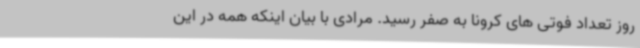
روز تعداد فوتی های کرونا به صفر رسید. مرادی با بیان اینکه همه در این